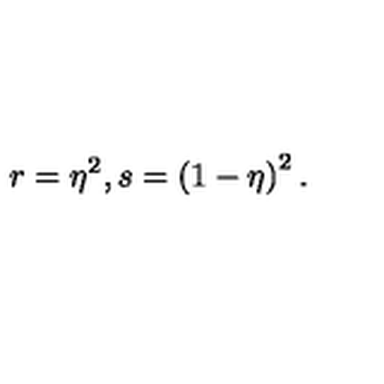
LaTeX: r = \eta ^ { 2 } , s = \left( 1 - \eta \right) ^ { 2 } .